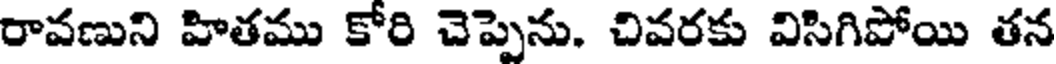
రావణుని హితము కోరి చెప్పెను. చివరకు విసిగిపోయి తన